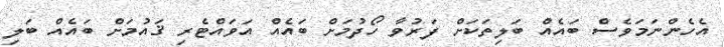
އެހެންނަމަވެސް ބައެއް ބަލިތަކަށް ފަރުވާ ހޯދުމަށް ބައެއް އަވައްޓެރި ޤައުމަށް ބައެއް ބަލި